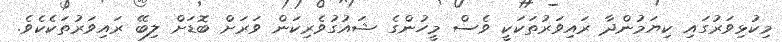
މިކުޅިވަރުގައި ކިޔަމުންދާ ރައިވަރުތަކަކީ ވެސް މީހުންގެ ޝައުގުވެރިކަން ވަރަށް ބޮޑަށް ލިބޭ ރައިވަރުތަކެކެވެ.